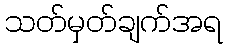
သတ်မှတ်ချက်အရ